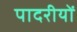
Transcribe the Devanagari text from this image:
पादरीयों